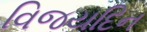
વિજયદિન